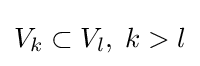
V_{k}\subset V_{l},\;k>l